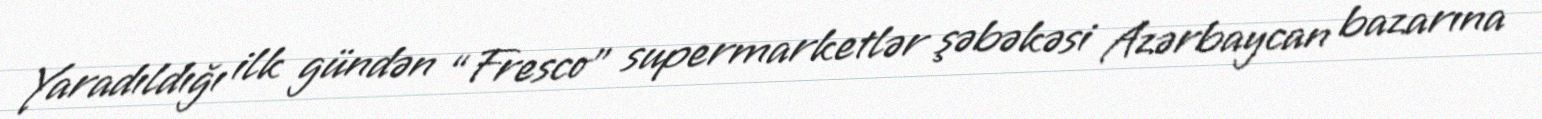
Yaradıldığı ilk gündən “Fresco” supermarketlər şəbəkəsi Azərbaycan bazarına